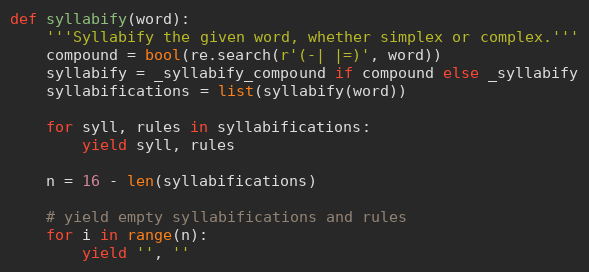
Language: Python
def syllabify(word):
    '''Syllabify the given word, whether simplex or complex.'''
    compound = bool(re.search(r'(-| |=)', word))
    syllabify = _syllabify_compound if compound else _syllabify
    syllabifications = list(syllabify(word))

    for syll, rules in syllabifications:
        yield syll, rules

    n = 16 - len(syllabifications)

    # yield empty syllabifications and rules
    for i in range(n):
        yield '', ''